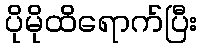
ပိုမိုထိရောက်ပြီး